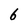
Character: 6